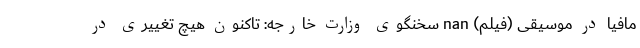
مافیا در موسیقی (فیلم) nan سخنگوی وزارت خارجه: تاکنون هیچ تغییری در